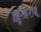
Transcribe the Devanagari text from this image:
ख़ुन्जराब